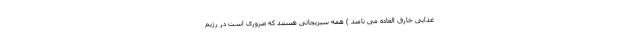
غذایی خارق العاده می نامند ) همه سبزیجاتی هستند که ضروری است در رژیم